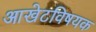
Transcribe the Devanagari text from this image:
आखेटविषयक